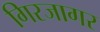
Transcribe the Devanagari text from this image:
गिरजागर